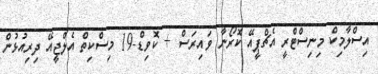
އިސްލާމިކް މިނިސްޓްރީ އެޗްޕީއޭ ކޮރޯނާ ވައިރަސް + ކޮވިޑް-19 މިސްކިތް އެލްޖީއޭ ދިރިއުޅުން